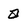
Character: a